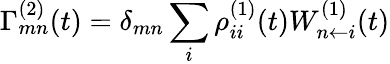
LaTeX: \Gamma_{mn}^{(2)}(t)=\delta_{mn}\sum_{i}\rho_{ii}^{(1)}(t)W_{n\leftarrow i}^{(1)}(t)